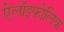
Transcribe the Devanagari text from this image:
ऐलॉइफोलिया